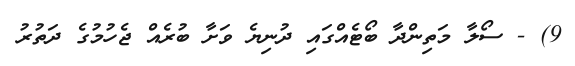
9) - ސޯލާ މަތިންދާ ބޯޓެއްގައި ދުނިޔެ ވަށާ ބުރެއް ޖެހުމުގެ ދަތުރު